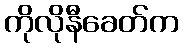
ကိုလိုနီခေတ်က